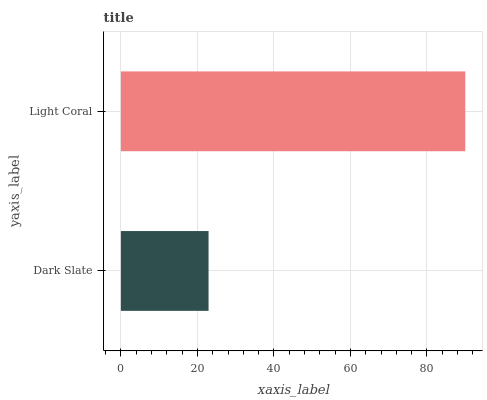
| yaxis_label | bars |
 | --- | --- |
 | Dark Slate | 22.9 |
 | Light Coral | 90 |